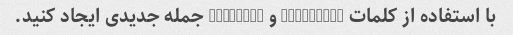
با استفاده از کلمات "Furious" و "Molded" جمله جدیدی ایجاد کنید.